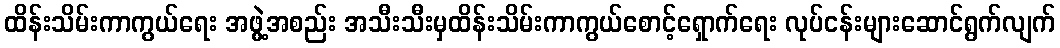
ထိန်းသိမ်းကာကွယ်ရေး အဖွဲ့အစည်း အသီးသီးမှထိန်းသိမ်းကာကွယ်စောင့်ရှောက်ရေး လုပ်ငန်းများဆောင်ရွက်လျက်